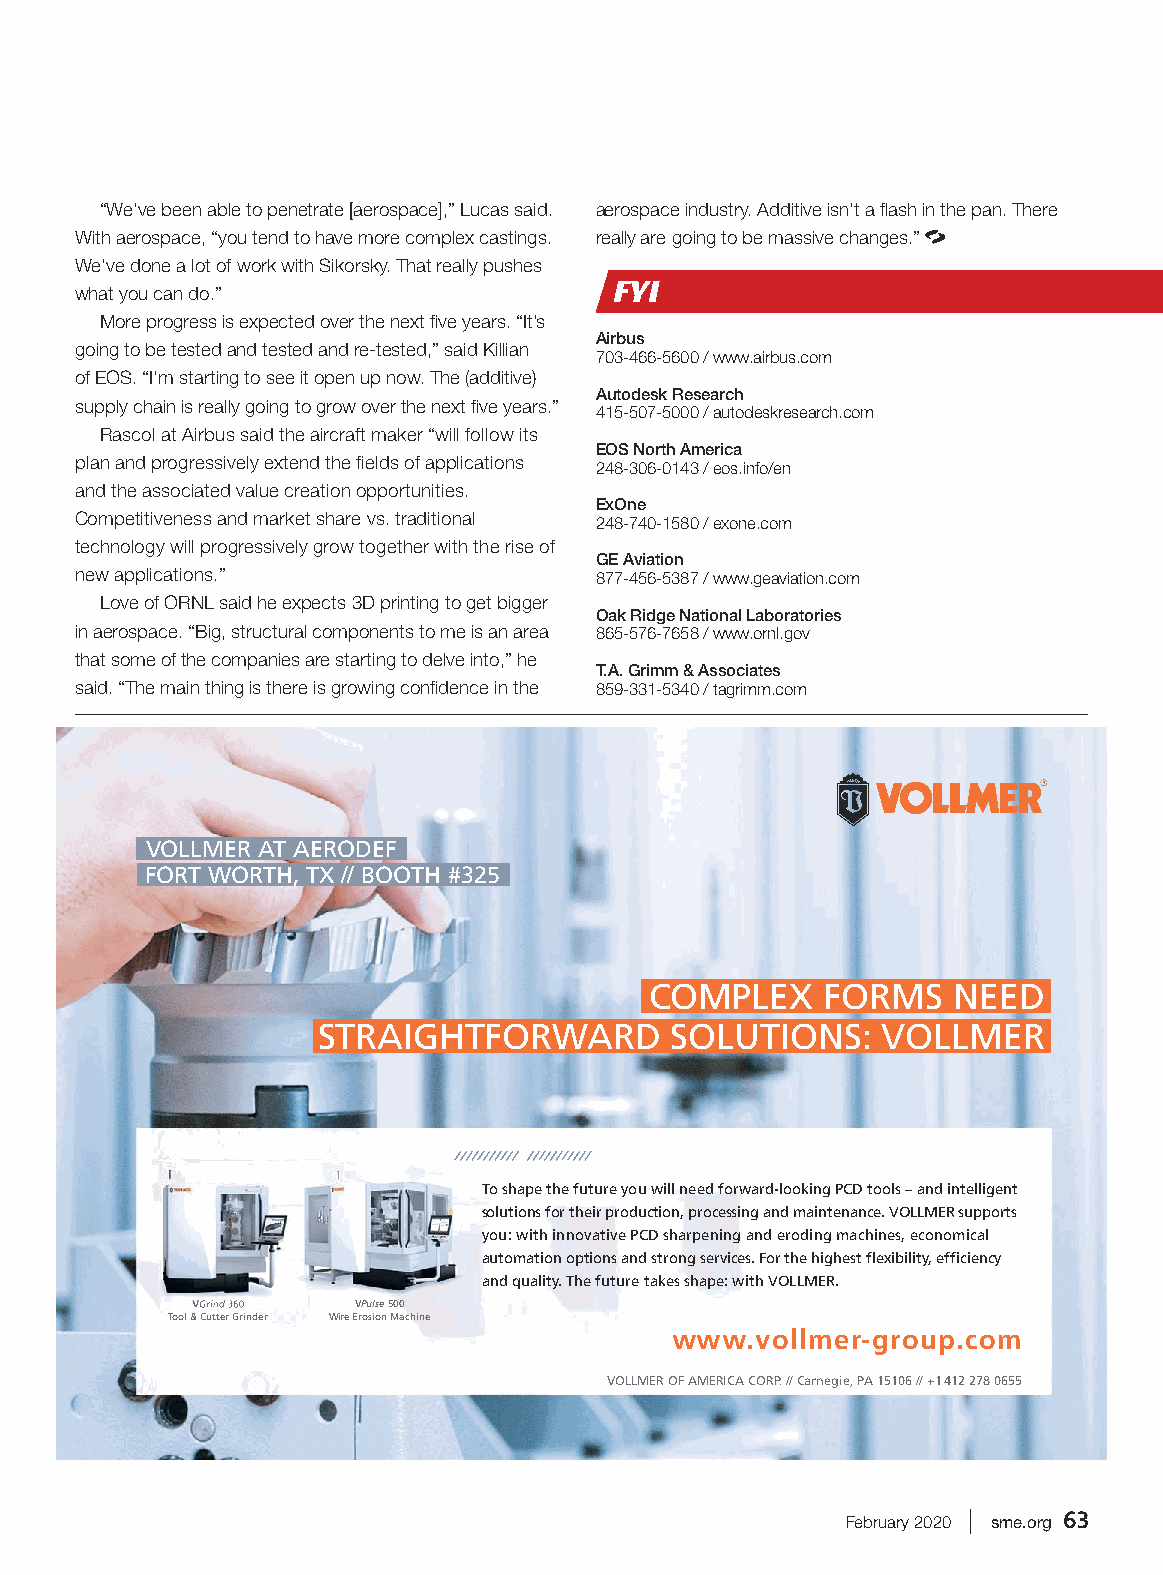
“We’ve been able to penetrate [aerospace],” Lucas said. aerospace industry. Additive isn’t a flash in the pan. There
 With aerospace, “you tend to have more complex castings. really are going to be massive changes.”
 We’ve done a lot of work with Sikorsky. That really pushes
 FYI
 what you can do.”
 More progress is expected over the next five years. “It’s
 Airbus
 going to be tested and tested and re-tested,” said Killian
 703-466-5600 / www.airbus.com
 of EOS. “I’m starting to see it open up now. The (additive)
 Autodesk Research
 supply chain is really going to grow over the next five years.”
 415-507-5000 / autodeskresearch.com
 Rascol at Airbus said the aircraft maker “will follow its
 EOS North America
 plan and progressively extend the fields of applications
 248-306-0143 / eos.info/en
 and the associated value creation opportunities.
 ExOne
 Competitiveness and market share vs. traditional 248-740-1580 / exone.com
 technology will progressively grow together with the rise of
 GE Aviation
 new applications.”                877-456-5387 / www.geaviation.com
 Love of ORNL said he expects 3D printing to get bigger
 Oak Ridge National Laboratories
 in aerospace. “Big, structural components to me is an area 865-576-7658 / www.ornl.gov
 that some of the companies are starting to delve into,” he
 T.A. Grimm & Associates
 said. “The main thing is there is growing confidence in the 859-331-5340 / tagrimm.com
 VOLLMER AT AERODEF
 FORT WORTH, TX // BOOTH #325
 COMPLEX     FORMS   NEED
 STRAIGHTFORWARD        SOLUTIONS:    VOLLMER
 To shape the future you will need forward-looking PCD tools – and intelligent
 solutions for their production, processing and maintenance. VOLLMER supports
 you: with innovative PCD sharpening and eroding machines, economical
 automation options and strong services. For the highest fl exibility, effi ciency
 and quality. The future takes shape: with VOLLMER.
 VGGGrrriiinnnddd 336600 VPulse 500
 Tool & Cutter Grinder Wire Erosion Machine
 www.vollmer-group.com
 VOLLMER OF AMERICA CORP. // Carnegie, PA 15106 // +1 412 278 0655
 February 2020 | sme.org 63